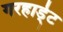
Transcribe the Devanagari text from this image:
गरहार्ड्‌ट